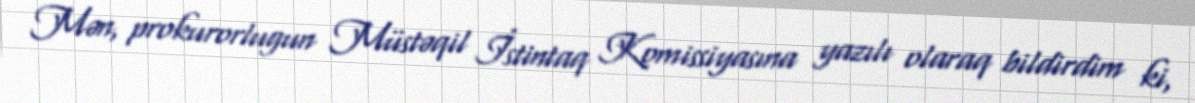
Mən, prokurorlugun Müstəqil İstintaq Komissiyasına yazılı olaraq bildirdim ki,